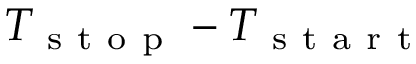
T _ { \mathrm { ~ s ~ t ~ o ~ p ~ } } - T _ { \mathrm { ~ s ~ t ~ a ~ r ~ t ~ } }